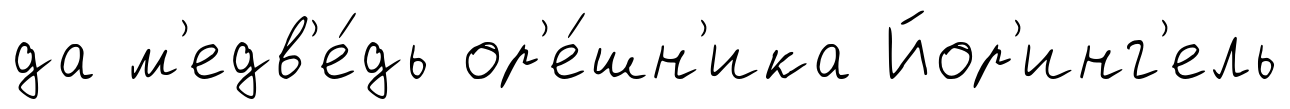
да м'едв'е́дь ор'е́шн'ика Йор'инг'ель